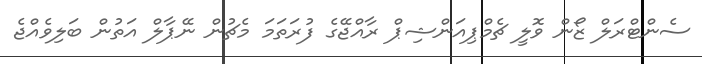
ސެންޓްރަލް ޒޯން ވޮލީ ޗެމްޕިއަންޝިޕް ރާއްޖޭގެ ފުރަތަމަ މެޗުން ނޭޕާލް އަތުން ބަލިވެއްޖެ